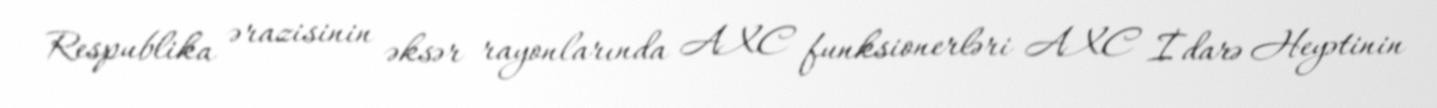
Respublika ərazisinin əksər rayonlarında AXC funksionerləri AXC İdarə Heyətinin